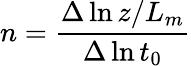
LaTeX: n=\frac{\Delta\ln{z/L_{m}}}{\Delta\ln{t_{0}}}